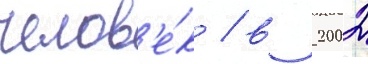
челов'е́к / в 2002